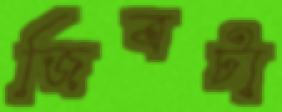
জিবটা